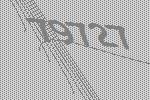
79727